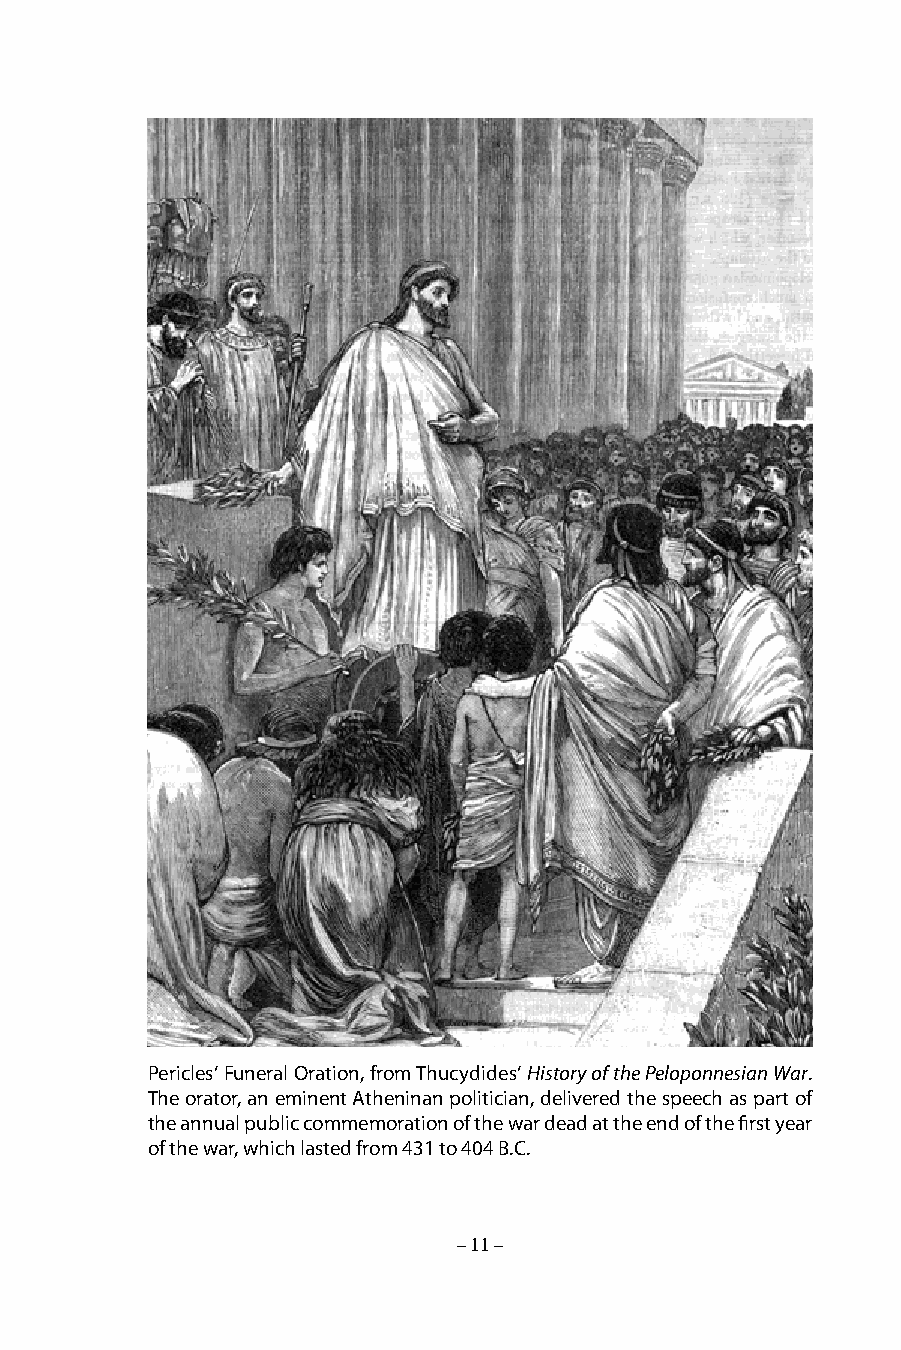
Pericles‘ Funeral Oration, from Thucydides‘ History of the Peloponnesian War.
 The orator, an eminent Atheninan politician, delivered the speech as part of
 the annual public commemoration of the war dead at the end of the first year
 of the war, which lasted from 431 to 404 B.C.
 – 11 –